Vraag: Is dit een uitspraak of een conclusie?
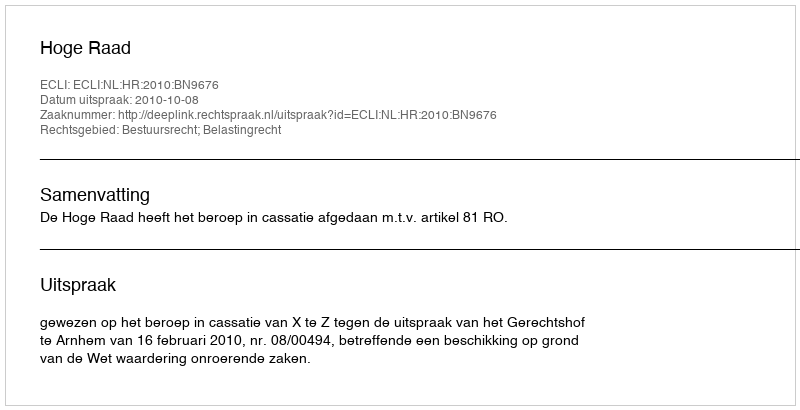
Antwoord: Uitspraak